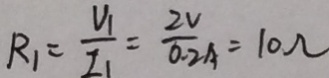
R _ { 1 } = \frac { U _ { 1 } } { I _ { 1 } } = \frac { 2 V } { 0 . 2 A } = 1 0 \Omega